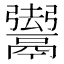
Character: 𱆐